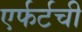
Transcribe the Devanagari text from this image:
एर्फर्टची